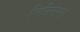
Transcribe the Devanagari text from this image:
मिनिमम्स